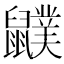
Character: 𪖈